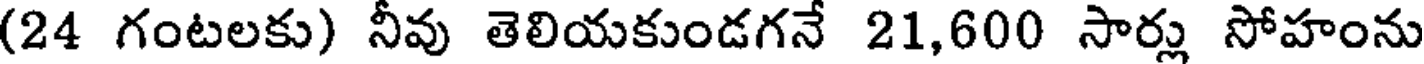
(24 గంటలకు) నీవు తెలియకుండగనే 21,600 సార్లు సోహంను